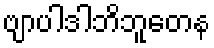
ဗျာပါဒါဘိဘူတေန